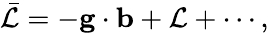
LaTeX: \bar{\cal L}=-{\mathbf g}\cdot{\mathbf b}+{\cal L}+\cdots,